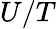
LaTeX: U/T